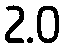
2.0